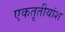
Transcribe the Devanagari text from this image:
एकतृतीयांश